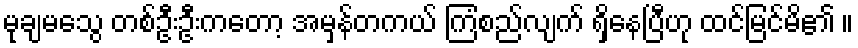
မုချမသွေ တစ်ဦးဦးကတော့ အမှန်တကယ် ကြံစည်လျက် ရှိနေပြီဟု ထင်မြင်မိ၏ ။